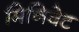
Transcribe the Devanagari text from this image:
मिनिवेट